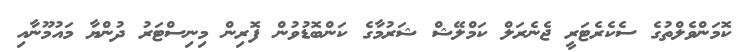
ކޮމަންވެލްތުގެ ސެކެރެޓަރީ ޖެނެރަލް ކަމްލޭޝް ޝަރުމާގެ ކަންބޮޑުވުން ފޮރިން މިނިސްޓަރު ދުންޔާ މައުމޫނާއި